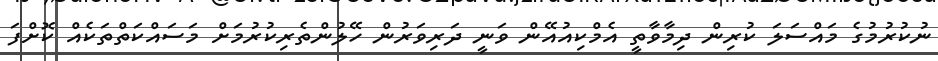
ނުކުރުމުގެ މައްސަލަ ކުރިން ދިމާވާތީ އެމްކިއުއޭން ވަނީ ދަރިވަރުން ހޭލުންތެރިކުރުމަށް މަސައްކަތްތަކެއް ކޮށްފަ